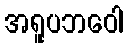
အရူပဘဝေါ